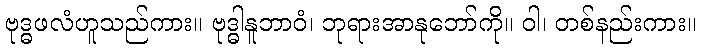
ဗုဒ္ဓဖလံဟူသည်ကား။ ဗုဒ္ဓါနူဘာဝံ၊ ဘုရားအာနုဘော်ကို။ ဝါ၊ တစ်နည်းကား။